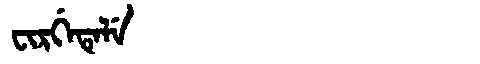
Manchu: ᠸᡳᡵᡤᡝᡨᡝᠯᡝ
Romanization: FIRGETELE